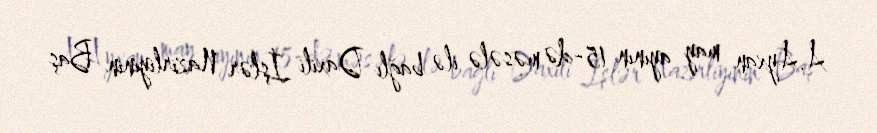
A.Ayxan may ayının 15-də məsələ ilə bağlı Daxili İşlər Nazirliyinin Baş